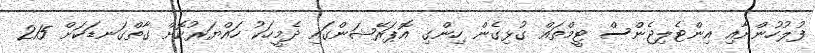
ފުލުހުންނާއި އިންޓެލިޖެންސް ޓީމްތައް ގުޅިގެން ހިންގި އޮޕަރޭޝަންގައި ދެމީހަކު ހައްޔަރުކޮށް ގާތްގަނޑަކަށް 215